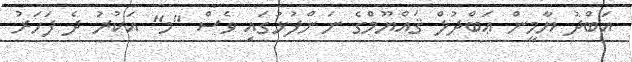
އަބްދު ޔާމީން ޢަބްދުލް ޤައްޔޫމްގެ ނަންފުޅުގައި ވެސް "މ" އަކުރު ދެ ފަހަރު